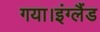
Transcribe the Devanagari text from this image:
गया।इंग्लैंड